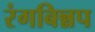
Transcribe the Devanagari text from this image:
रंगबिन्नप